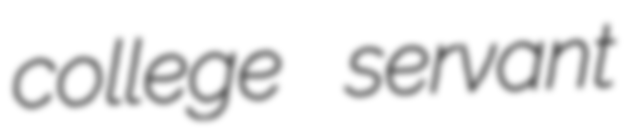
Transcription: college servant